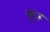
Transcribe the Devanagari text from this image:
फुरु